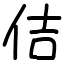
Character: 佶